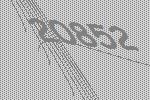
20852